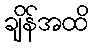
ချိန်အထိ